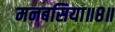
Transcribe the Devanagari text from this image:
मनबसिया॥८॥